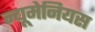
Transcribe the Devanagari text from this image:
न्यूमेनियस